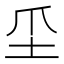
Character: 坕